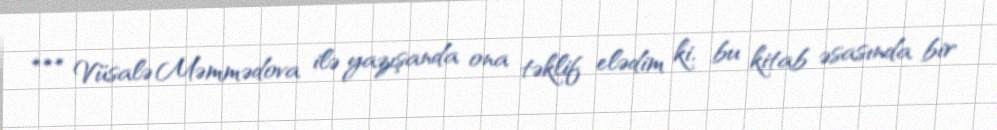
*** Vüsalə Məmmədova ilə yazışanda ona təklif elədim ki, bu kitab əsasında bir